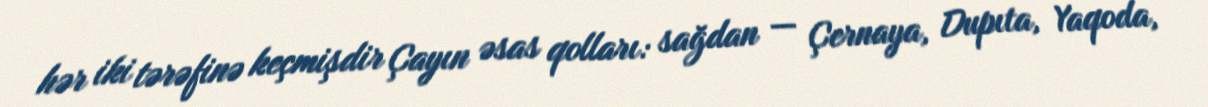
hər iki tərəfinə keçmişdir Çayın əsas qolları: sağdan — Çernaya, Dupıta, Yaqoda,